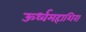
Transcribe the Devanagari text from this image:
ऊर्ध्वमहाशिरा